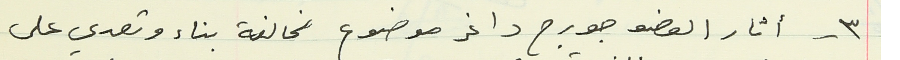
٣ - أثار العضو جورج داغر موضوع مخالفة بناء وتعدي على